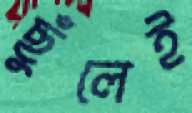
ছুঁলেই